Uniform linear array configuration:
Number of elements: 48
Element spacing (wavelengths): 0.75
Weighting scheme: blackman
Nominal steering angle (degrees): -45
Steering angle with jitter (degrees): -43.729
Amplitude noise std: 0.05
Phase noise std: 0.05

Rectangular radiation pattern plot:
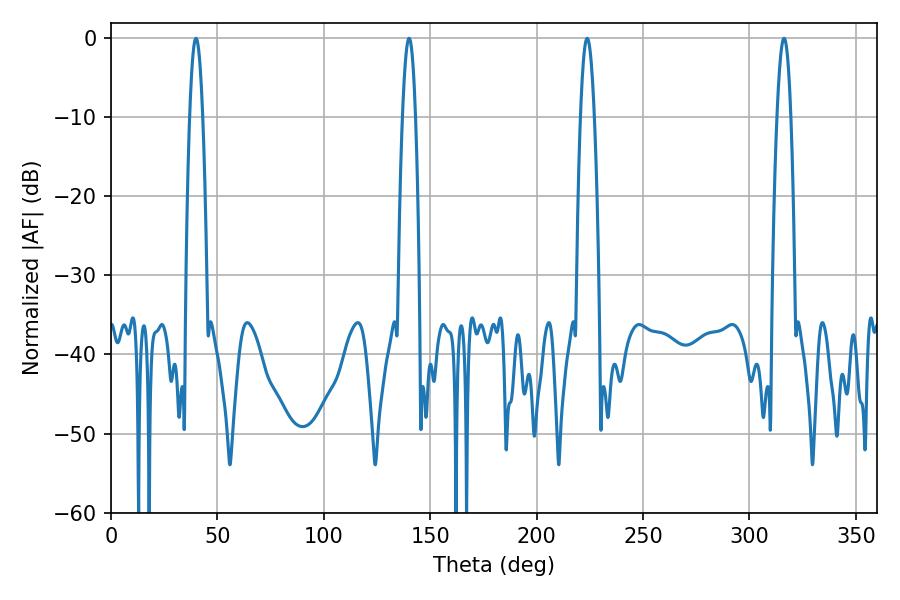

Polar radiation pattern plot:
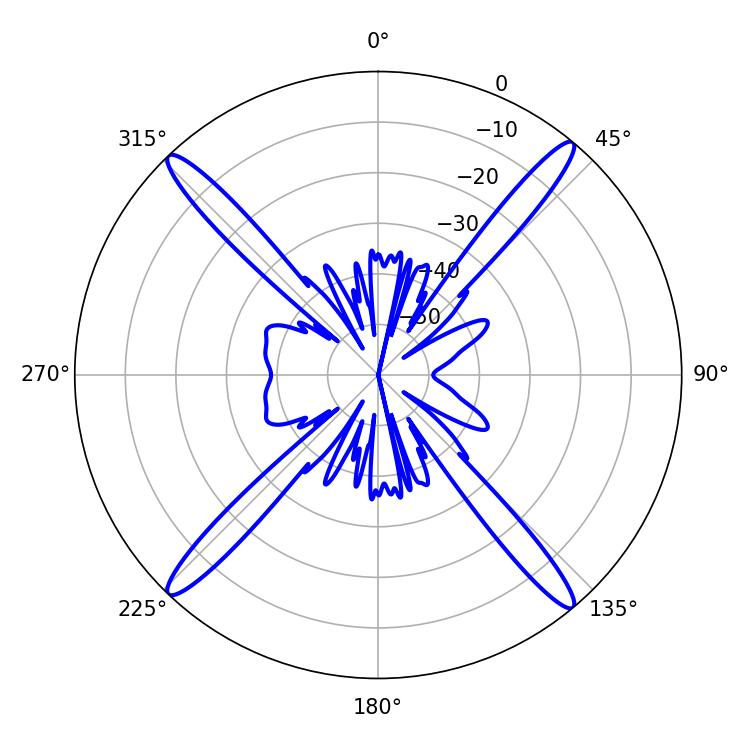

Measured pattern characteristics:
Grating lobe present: TRUE
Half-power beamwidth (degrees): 3.6
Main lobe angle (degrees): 223.74